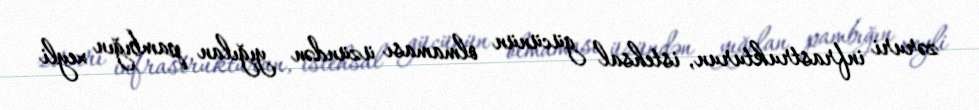
zəruri infrastrukturun, istehsal gücünün olmaması üzündən yığılan pambığın xeyli